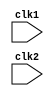
module MIPS32_pipeline(clk1,clk2);
input clk1,clk2;
reg [31:0] PC,IF_ID_IR , IF_ID_NPC;
reg [31:0] ID_EX_IR , ID_EX_NPC , ID_EX_A , ID_EX_B , ID_EX_IMM ;
reg [2:0] ID_EX_type , EX_MEM_type , MEM_WB_type;
reg [31:0] EX_MEM_IR , EX_MEM_ALUOUT , EX_MEM_cond , EX_MEM_B;
reg [31:0] MEM_WB_IR , MEM_WB_ALUOUT , MEM_WB_LMD;
reg [31:0] REG [0:31];//32*32
reg [31:0] MEM [0:1023]; //1024*32

parameter 
ADD=6'b000000 ,
SUB=6'b000001 ,
AND=6'b000010 ,
OR=6'b000011 ,
SLT=6'b000100 ,
MUL=6'b000101 ,
HLT=6'b111111 ,
LW=6'b001000 ,
SW=6'b001001 ,
ADDI=6'b001010 ,
SUBI=6'b001011 ,
SLTI=6'b001100 ,
BNEQZ=6'b001101 ,
BEQZ=6'b001110 ;

parameter RR_ALU=3'b000,
RM_ALU=3'b001,
LOAD=3'b010,
STORE=3'b011,
BRANCH=3'b100,
HALT=3'b101;

//1 bit variables
reg HALTED; //to set the HLT function so that the process stops after WB stage (not in ID stage itself)
reg TAKEN_BRANCH;// to set the Branch function so tht it discards the incoming instructions in the pipeline

//IF STAGE

always @(posedge clk1)
if (HALTED==0) begin
if ( ((IF_ID_IR[31:26]==BEQZ) && (EX_MEM_cond==1)) || ((IF_ID_IR[31:26]==BNEQZ) && (EX_MEM_cond==0)) )
begin
IF_ID_IR <= #2 MEM[EX_MEM_ALUOUT] ;
TAKEN_BRANCH <= #2 1'b1;
IF_ID_NPC <= #2 EX_MEM_ALUOUT+1;
PC <= #2  EX_MEM_ALUOUT+1;
end
else
begin
IF_ID_IR <= #2 MEM[PC];
IF_ID_NPC <= #2 PC+1;
PC <= #2 PC+1;
end
end

//ID STAGE 

always @(posedge clk1)

if(HALTED==0)
begin

if (IF_ID_IR[25:21]==5'b00000) ID_EX_A <= 0;// rs
else ID_EX_A <= #2 REG[IF_ID_IR[25:21]];
if (IF_ID_IR[20:16]==5'b00000) ID_EX_B <= 0; //rt
else ID_EX_B <= #2 REG[IF_ID_IR[20:16]];

ID_EX_NPC <= #2 IF_ID_NPC;
ID_EX_IR <= #2 IF_ID_IR;
ID_EX_IMM <= #2 {{16{IF_ID_IR[15]}},{IF_ID_IR[15:0]}};//Sign extending to 32 bits by concatenating the repeated 15th bit

case(IF_ID_IR[31:26])
ADD,SUB,AND,OR,SLT,MUL  : ID_EX_type <= #2 RR_ALU;
ADDI,SUBI,SLTI          : ID_EX_type <=#2 RM_ALU;
BEQZ,BNEQZ              : ID_EX_type <= #2 BRANCH;
LW 		        : ID_EX_type <= #2 LOAD;
SW			: ID_EX_type <= #2 STORE;
HLT			: ID_EX_type <= #2 HALT;
default :  ID_EX_type <= #2 HALT;//if any invalid opcode
endcase

end

//EX STAGE

always @(posedge clk1)
if(HALTED==0)

begin
EX_MEM_type <= ID_EX_type;
EX_MEM_IR <= ID_EX_IR ; 
TAKEN_BRANCH <= 1'b0;

case(ID_EX_type)

	RR_ALU: begin
		  case(ID_EX_IR[31:26])
			ADD : EX_MEM_ALUOUT <= #2 ID_EX_A + ID_EX_B ; 
			SUB : EX_MEM_ALUOUT <= #2 ID_EX_A - ID_EX_B ; 
			AND : EX_MEM_ALUOUT <= #2 ID_EX_A & ID_EX_B ; 
			OR  : EX_MEM_ALUOUT <= #2 ID_EX_A | ID_EX_B ; 
			SLT : EX_MEM_ALUOUT <= #2 ID_EX_A < ID_EX_B ; 
			MUL : EX_MEM_ALUOUT <= #2 ID_EX_A * ID_EX_B ; 
			default : EX_MEM_ALUOUT <= #2 32'hxxxxxxxx ; 
		  endcase	
		end

	RM_ALU: begin
		  case(ID_EX_IR[31:26])
			ADDI : EX_MEM_ALUOUT <= #2 ID_EX_A + ID_EX_IMM;
			SUBI : EX_MEM_ALUOUT <= #2 ID_EX_A - ID_EX_IMM;
			SLTI : EX_MEM_ALUOUT <= #2 ID_EX_A < ID_EX_IMM;
			default: EX_MEM_ALUOUT <= #2 32'hxxxxxxxx ; 
		  endcase
		end

	LOAD , STORE :
		begin
		EX_MEM_ALUOUT <= #2 ID_EX_A + ID_EX_IMM;
		EX_MEM_B <= ID_EX_B;
		end

	BRANCH :
		begin
		EX_MEM_ALUOUT <= #2 ID_EX_NPC + ID_EX_IMM;
		EX_MEM_cond <= (ID_EX_A==0);
		end

endcase

end

//MEM STAGE

always @(posedge clk2)
if (HALTED==0)
begin
MEM_WB_type <= EX_MEM_type;
MEM_WB_IR <= EX_MEM_IR;
	case(EX_MEM_type)
	  RR_ALU , RM_ALU :
		  MEM_WB_ALUOUT <= #2 EX_MEM_ALUOUT;
		  
	  LOAD:
		  MEM_WB_LMD <= MEM[EX_MEM_ALUOUT];
		  
	  STORE: if(TAKEN_BRANCH == 0) // if BRANCH instruction then discard these or disable write
		  MEM[EX_MEM_ALUOUT] <= #2 EX_MEM_B;
	endcase  
end

//WRITE BACK STAGE

always @(posedge clk1)
if(TAKEN_BRANCH==0)//If barnch is taken disables write
begin
case (MEM_WB_type)
  RR_ALU : REG[MEM_WB_IR[15:11]] <= MEM_WB_ALUOUT; //rd
  RM_ALU : REG[MEM_WB_IR[20:16]] <= MEM_WB_ALUOUT; //rt
  LOAD   : REG[MEM_WB_IR[20:16]] <= MEM_WB_LMD; //rt
  HALT   : HALTED <= 1'b1;
endcase

end
endmodule